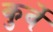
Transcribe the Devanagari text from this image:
कुर्बे